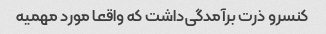
کنسرو ذرت برآمدگی‌داشت که واقعا مورد مهمیه